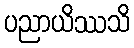
ပညာယိဿသိ